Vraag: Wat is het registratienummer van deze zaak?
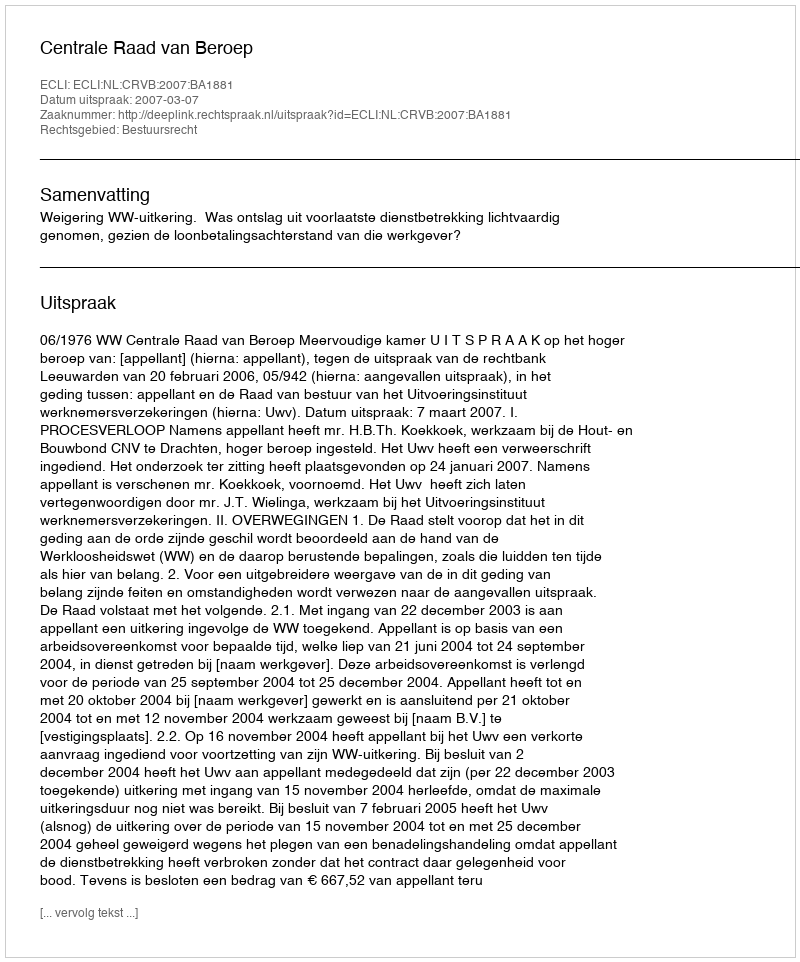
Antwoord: http://deeplink.rechtspraak.nl/uitspraak?id=ECLI:NL:CRVB:2007:BA1881